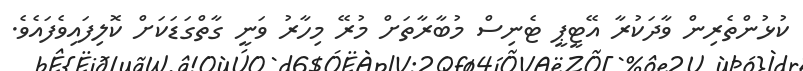
ކުޅުންތެރިން ވާދަކުރާ އޭޓީޕީ ޓެނިސް މުބާރާތަށް މުރޭ މިހާރު ވަނީ ގާތްގަޑަކަށް ކޮލިފައިވެފައެވެ.